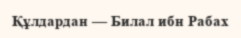
Құлдардан — Билал ибн Рабах